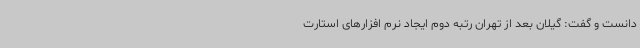
دانست و گفت: گیلان بعد از تهران رتبه دوم ایجاد نرم افزارهای استارت